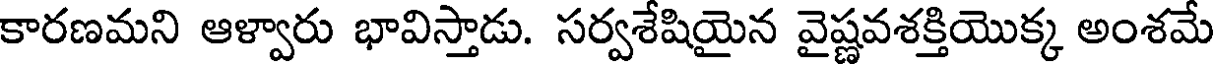
కారణమని ఆళ్వారు భావిస్తాడు. సర్వశేషియైన వైష్ణవశక్తియొక్క అంశమే